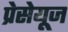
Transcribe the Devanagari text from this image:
प्रेसेयूज